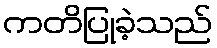
ကတိပြုခဲ့သည်